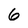
Character: 6